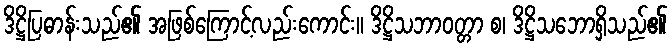
ဒိဋ္ဌိပြဓာန်းသည်၏ အဖြစ်ကြောင့်လည်းကောင်း။ ဒိဋ္ဌိသဘာဝတ္တာ စ၊ ဒိဋ္ဌိသဘောရှိသည်၏